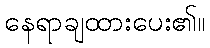
နေရာချထားပေး၏။